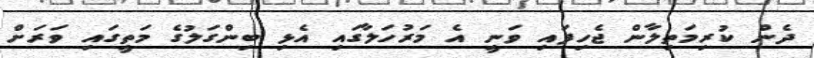
ދެން ކުރިމަތިލާން ޖެހިފައި ވަނީ އެ މަރުހަލާގައި އެޅި ބިންގަލުގެ މަތީގައި ވަރަށް